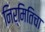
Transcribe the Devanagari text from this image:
निर्मितिचा